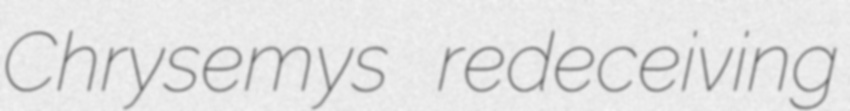
Chrysemys redeceiving